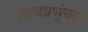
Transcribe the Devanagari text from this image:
शिवप्रभूंच्या